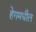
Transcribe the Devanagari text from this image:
हेगमधील